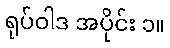
ရုပ်ဝါဒ အပိုင်း ၁။